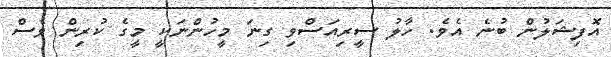
އޮފިޝަލުން ބުނެ އެވެ. ހާލު ސީރިއަސްވި ގިނަ މީހުންނަކީ މީގެ ކުރިން ވެސް